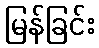
မြန်ခြင်း